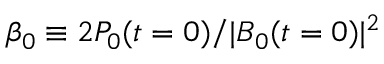
\beta _ { 0 } \equiv 2 P _ { 0 } ( t = 0 ) / | \boldsymbol { B } _ { 0 } ( t = 0 ) | ^ { 2 }